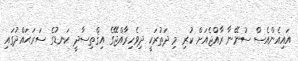
އައިއެންއެސް ސުނޭނާ ރާއްޖެއަށް ކުރި މި ދަތުރަކީ ދިވެހިރާއްޖޭގެ އިޤްތިސާދީ ކަނޑުގެ ސަރަޙައްދުގައި